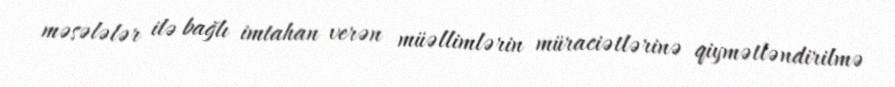
məsələlər ilə bağlı imtahan verən müəllimlərin müraciətlərinə qiymətləndirilmə